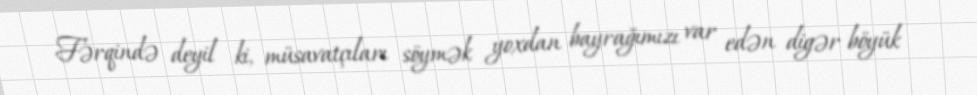
Fərqində deyil ki, müsavatçıları söymək yoxdan bayrağımızı var edən digər böyük